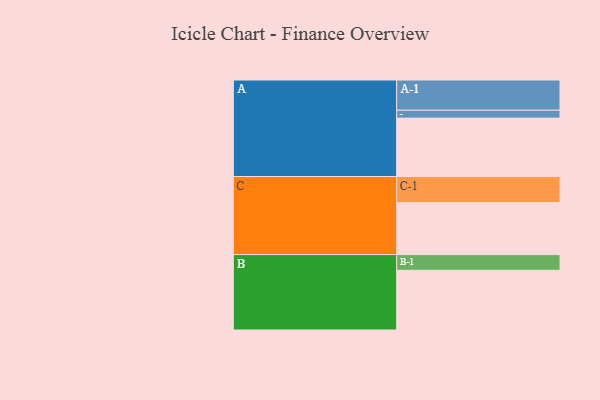
{"axis": {"x": "Segment", "y": "Value"}, "legend": ["", "A", "B", "C"], "data": [{"x": "A", "y": 547, "type": ""}, {"x": "B", "y": 559, "type": ""}, {"x": "C", "y": 487, "type": ""}, {"x": "A-1", "y": 283, "type": "A"}, {"x": "A-2", "y": 74, "type": "A"}, {"x": "B-1", "y": 147, "type": "B"}, {"x": "C-1", "y": 244, "type": "C"}]}